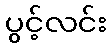
ပွင့်လင်း